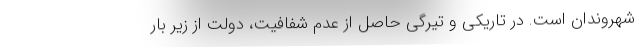
شهروندان است. در تاریکی و تیرگی حاصل از عدم شفافیت، دولت از زیر بار